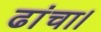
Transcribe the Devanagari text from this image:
ढांचा।